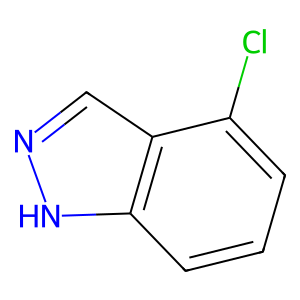
SMILES: Clc1cccc2[nH]ncc12
Inhibits HIV replication: No